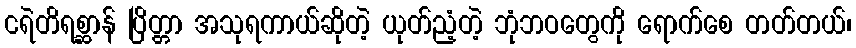
ငရဲတိရစ္ဆာန် ပြိတ္တာ အသုရကာယ်ဆိုတဲ့ ယုတ်ညံ့တဲ့ ဘုံဘဝတွေကို ရောက်စေ တတ်တယ်၊